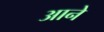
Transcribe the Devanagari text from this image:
अाने